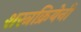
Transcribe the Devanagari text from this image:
शस्त्रक्रियेनी